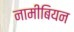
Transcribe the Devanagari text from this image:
नामीबियन